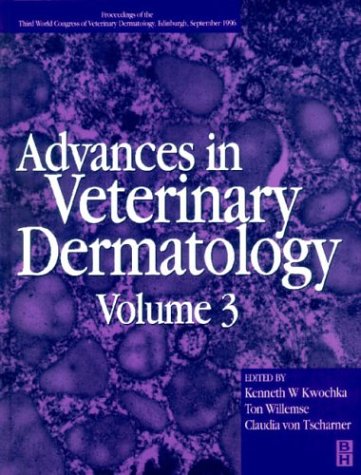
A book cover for Advances in Veterinary Dermatology (v. 3); Medical Books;